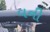
વની